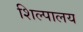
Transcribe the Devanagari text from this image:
शिल्पालय